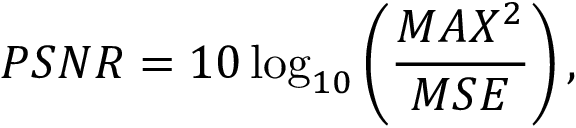
P S N R = 1 0 \log _ { 1 0 } \left( \frac { M A X ^ { 2 } } { M S E } \right) ,